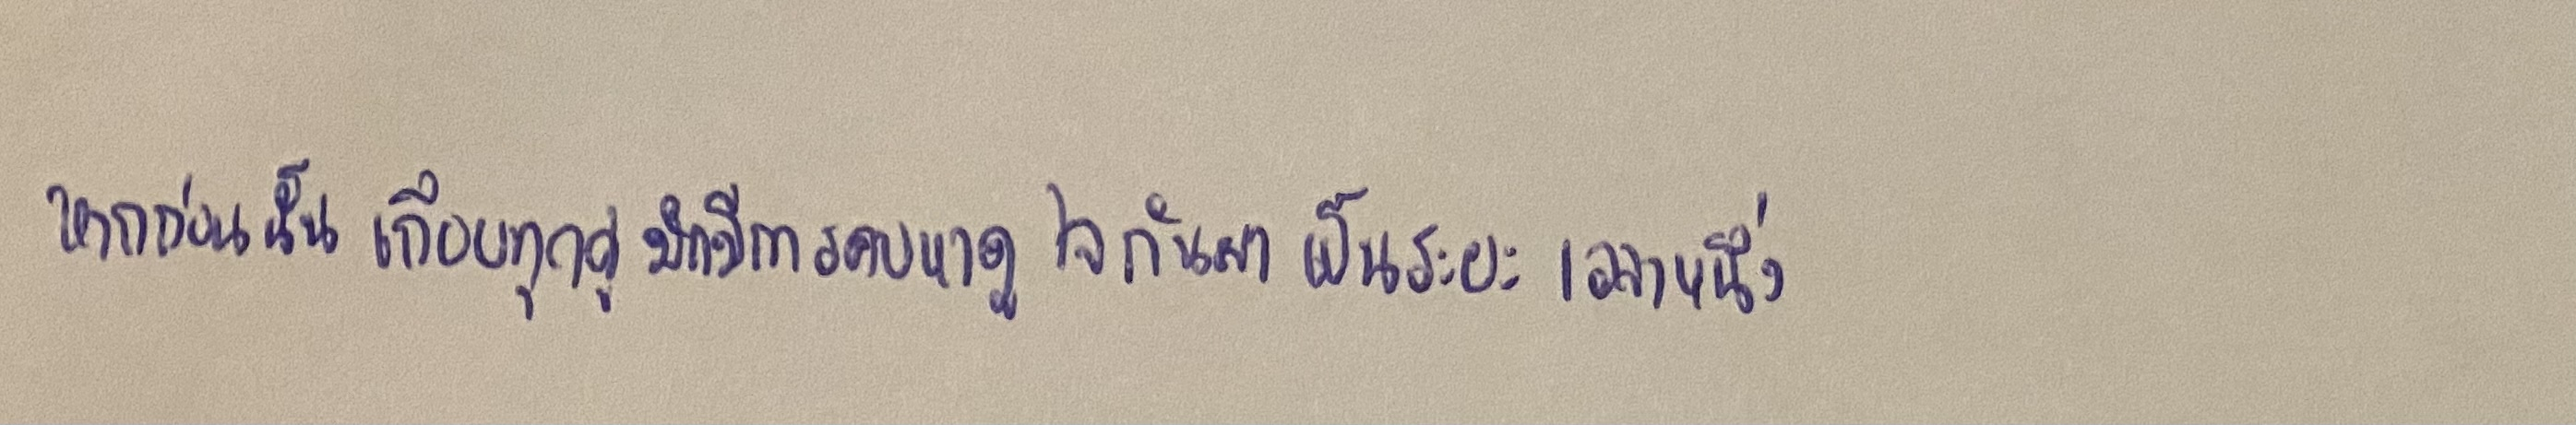
หากก่อนนั้นเกือบทุกคู่มักมีการคบหาดูใจกันมาเป็นระยะเวลาหนึ่ง